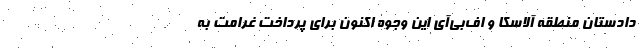
دادستان منطقه آلاسکا و اف‌بی‌آی این وجوه اکنون برای پرداخت غرامت به